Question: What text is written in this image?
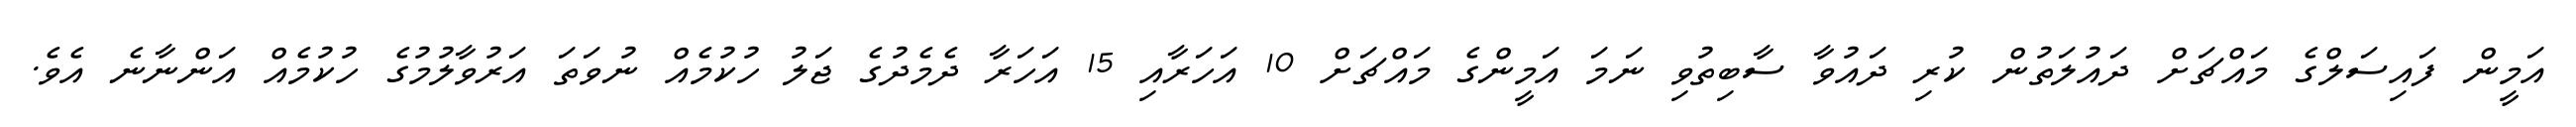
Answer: އަމީން ފައިސަލްގެ މައްޗަށް ދައުލަތުން ކުރި ދައުވާ ސާބިތުވި ނަމަ އަމީންގެ މައްޗަށް 10 އަހަރާއި 15 އަހަރާ ދެމެދުގެ ޖަލު ހުކުމެއް ނުވަތަ އަރުވާލުމުގެ ހުކުމެއް އަންނާނެ އެވެ.